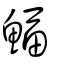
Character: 鰏